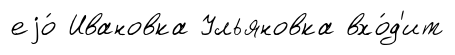
еjо́ Ивановка Ульяновка вхо́д'ит